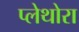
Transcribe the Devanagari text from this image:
प्लेथोरा